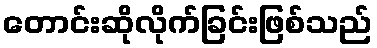
တောင်းဆိုလိုက်ခြင်းဖြစ်သည်